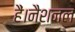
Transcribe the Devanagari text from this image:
हैं।नैशनल